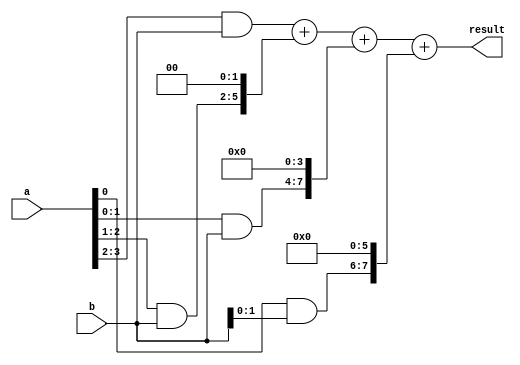
module radix4_multiplier(
    input [3:0] a,
    input [3:0] b,
    output reg [7:0] result
);

reg [7:0] p[3:0];
reg [7:0] sum[3:0];

always @(*) begin
    p[0] = a[0] & b;
    p[1] = {a[1], a[0]} & {2'b0, b};
    p[2] = {a[2], a[1]} & {3'b0, b};
    p[3] = {a[3], a[2]} & {4'b0, b};

    sum[0] = p[0];
    sum[1] = p[1] + (p[0] << 2);
    sum[2] = p[2] + (p[1] << 2) + (p[0] << 4);
    sum[3] = p[3] + (p[2] << 2) + (p[1] << 4) + (p[0] << 6);

    result = sum[3];
end

endmodule